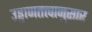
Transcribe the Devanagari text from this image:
उड्डाणतत्त्वानुसार